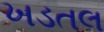
ખડતલ